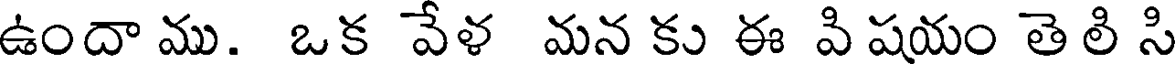
ఉందా ము. ఒక వేళ మన కు ఈ వి షయం తె లి సి